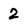
Character: 2